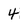
Character: 4